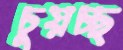
চুয়চ্ছ